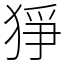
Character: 猙